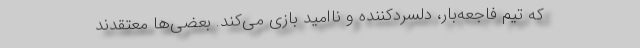
که تیم فاجعه‌بار، دلسردکننده و ناامید بازی می‌کند. بعضی‌ها معتقدند